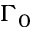
\Gamma _ { 0 }